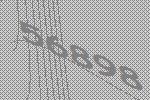
56898